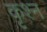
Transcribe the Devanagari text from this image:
कृश्न